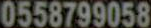
0558799058